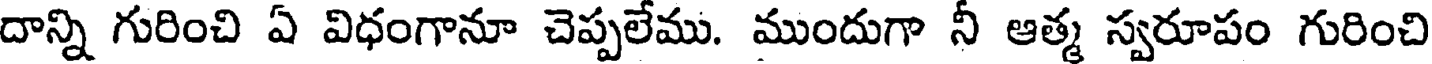
దాన్ని గురించి ఏ విధంగానూ చెప్పలేము. ముందుగా నీ ఆత్మ స్వరూపం గురించి